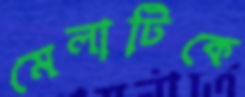
মেলাটিকে